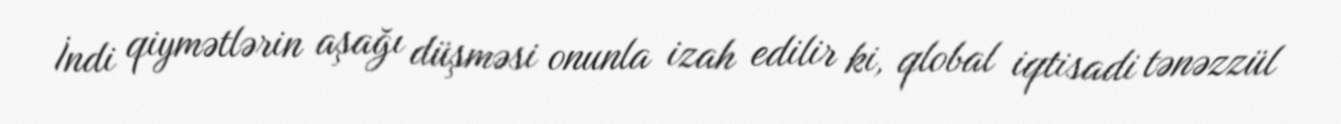
İndi qiymətlərin aşağı düşməsi onunla izah edilir ki, qlobal iqtisadi tənəzzül